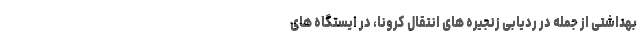
بهداشتی از جمله در ردیابی زنجیره های انتقال کرونا، در ایستگاه های